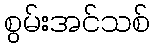
စွမ်းအင်သစ်